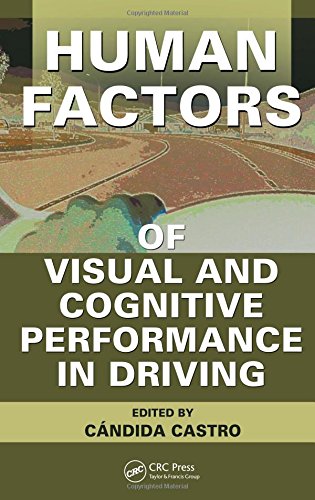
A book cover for Human Factors of Visual and Cognitive Performance in Driving; Candida Castro; Test Preparation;